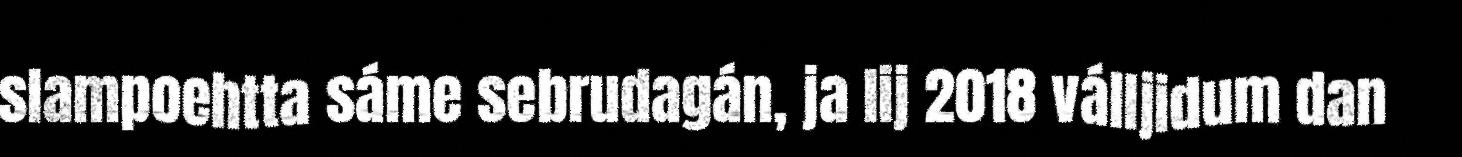
slampoehtta sáme sebrudagán, ja lij 2018 válljidum dan